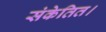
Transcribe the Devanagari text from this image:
संकेतित।